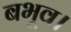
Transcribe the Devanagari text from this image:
बभूव।